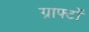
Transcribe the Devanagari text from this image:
ग्राफ्टों